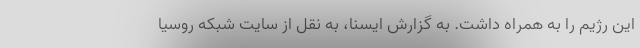
این رژیم را به همراه داشت. به گزارش ایسنا، به نقل از سایت شبکه روسیا